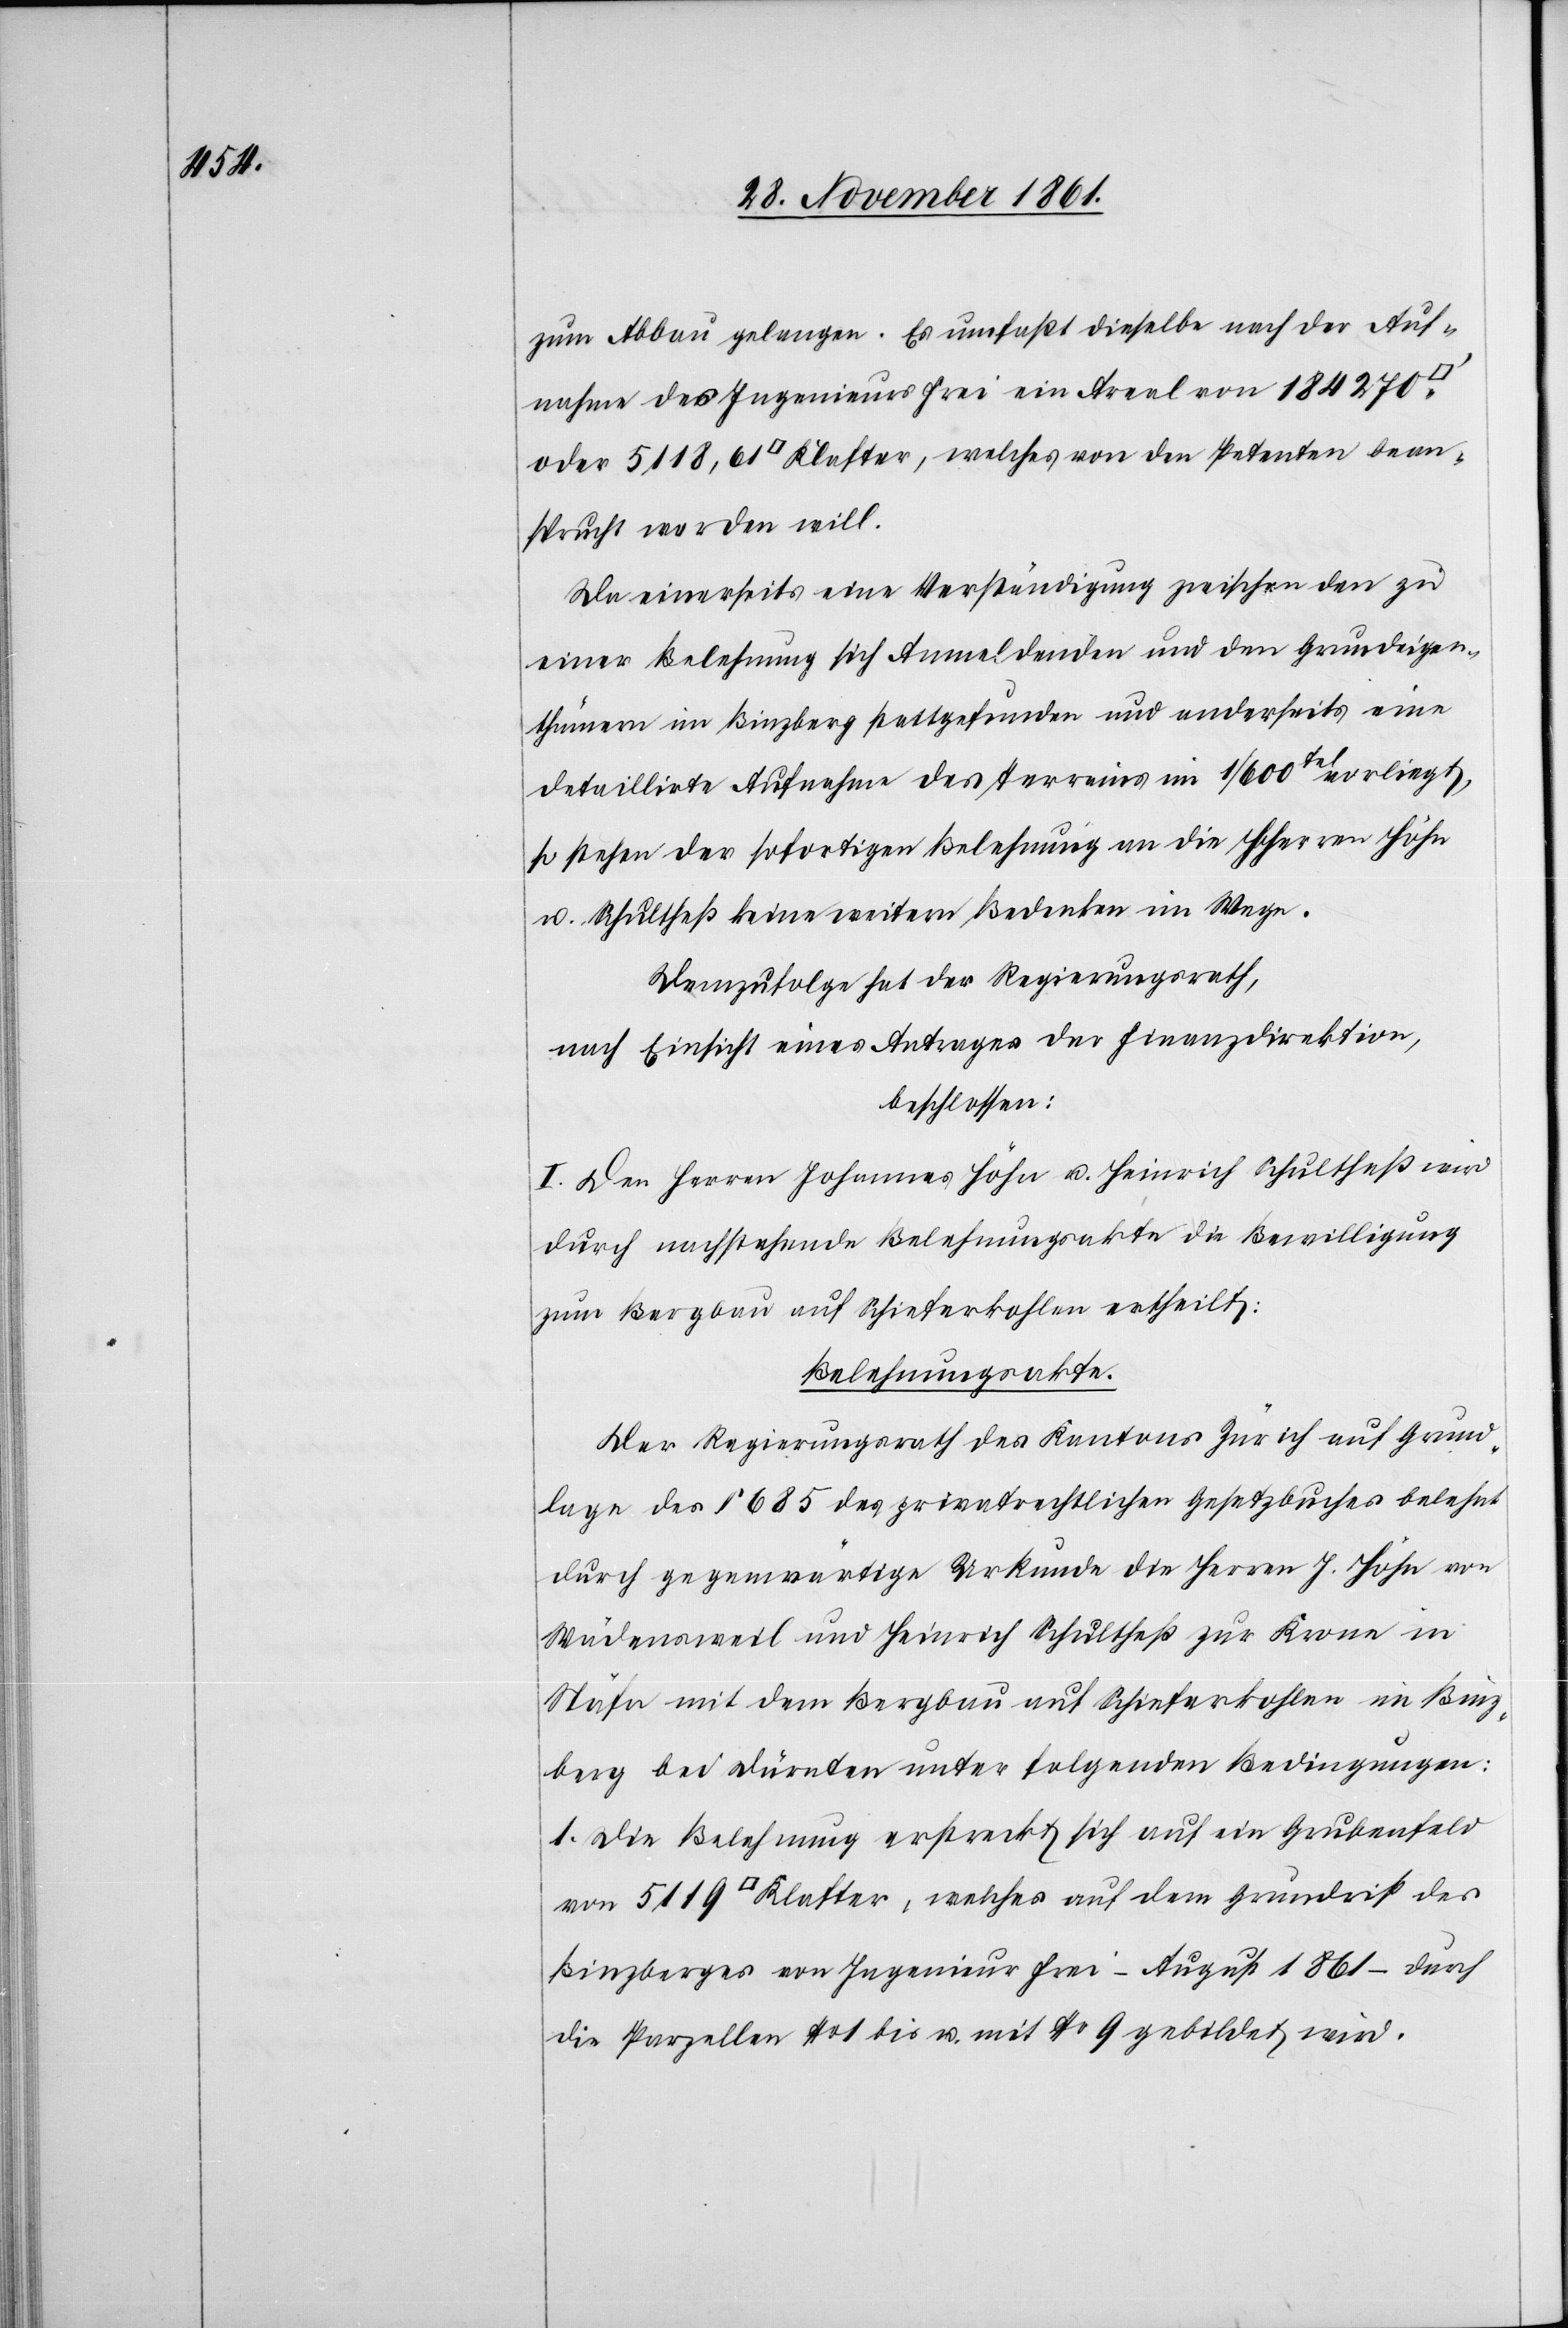
zum Abbau gelangen. Es umfaßt dieselbe nach der Auf¬
nahme des Ingenieurs Frei ein Areal von 184 270
oder 5118,61 [Quadrat-] Klafter, welches von den Petenten bean¬
sprucht werden will.
Da einerseits eine Verständigung zwischen den zu
einer Belohnung sich Anmeldenden und den Grundeigen¬
thümern im Binzberg stattgefunden und anderseits eine
detaillirte Aufnahme des Terrains im 1/600tel vorliegt,
so stehen der sofortigen Belehnung an die HHerren Höhn
u. Schultheß keine weitern Bedenken im Wege.
Demzufolge hat der Regierungsrath,
nach Einsicht eines Antrages der Finanzdirektion,
beschlossen:
I. Den Herren Johannes Höhn u. Heinrich Schultheß wird
durch nachstehende Belehnungsakte die Bewilligung
zum Bergbau auf Schieferkohlen ertheilt:
Belehnungsakte.
Der Regierungsrath des Kantons Zürich auf Grund¬
lage des § 685 des privatrechtlichen Gesetzbuches belehnt
durch gegenwärtige Urkunde die Herren J. Höhn von
Wädensweil und Heinrich Schultheß zur Krone in
Stäfa mit dem Bergbau auf Schieferkohlen im Binz¬
berg bei Dürnten unter folgenden Bedingungen:
1. Die Belehnung erstreckt sich auf ein Grubenfeld
von 5119 [Quadrat-] Klafter, welches auf dem Grundriß des
Binzberges von Ingenieur Frei – August 1861 – durch
die Parzellen N° 1 bis u. mit N° 9 gebildet wird.